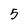
Character: 5